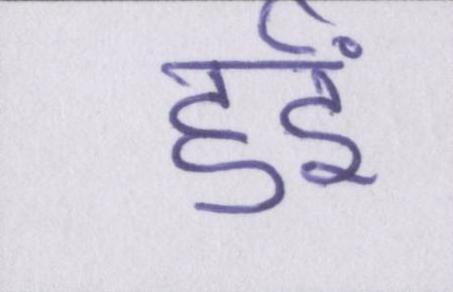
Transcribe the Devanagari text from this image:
हुईं